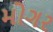
મોગર